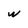
Character: w